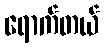
ရောက်တယ်